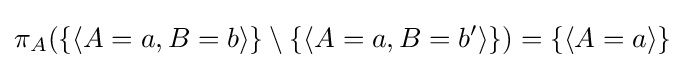
\pi _{A}(\{\langle A=a,B=b\rangle \}\setminus \{\langle A=a,B=b'\rangle \})=\{\langle A=a\rangle \}